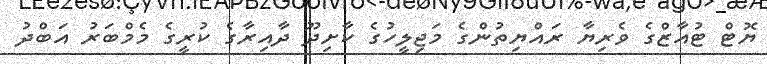
ޔޮޓް ޓުއާޒްގެ ވެރިޔާ ރައްޔިތުންގެ މަޖިލީހުގެ ކާށިދޫ ދާއިރާގެ ކުރީގެ މެމްބަރު އަބްދު